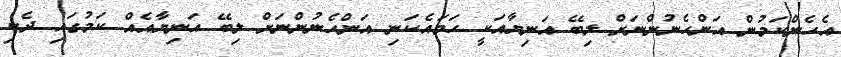
އެހެންކަމުން އަންހެނުންނަށް ލިބޭ އަނިޔާއަކީ ހަމައެކަނި އަންހެނުންނަށް ލިބޭ އަނިޔާއެއް ކަމުގައި ދެކި